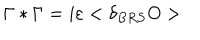
LaTeX: \Gamma * \Gamma = i \varepsilon < \delta _ { B R S } O >